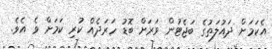
އެކަމަށް ދައުލަތުގެ ބަޖެޓުން ވަރަށް ބޮޑު ހަރަދެއް ކުރި ކަމަށް ވެ އެވެ.